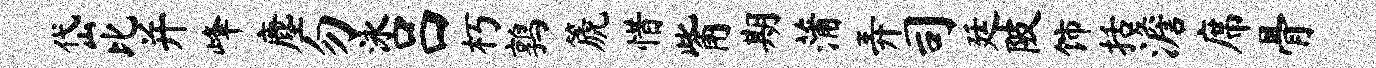
岱比并峰麈勿泳吕朽鹑篪惜觜期蒲弄司廷陂饰括澹席骨